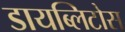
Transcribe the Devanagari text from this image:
डायब्लिटोस